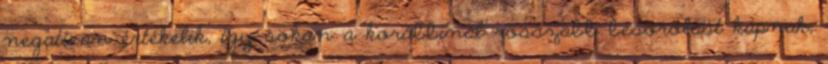
negatívan értékelik, így sokan a korábbinál rosszabb besorolást kapnak,